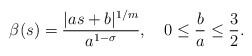
\begin{align*} \begin{aligned} \beta(s)=\frac{|as+b|^{1/m}}{a^{1-\sigma}}, ~~~ 0\leq \frac{b}{a}\leq \frac{3}{2}. \end{aligned} \end{align*}